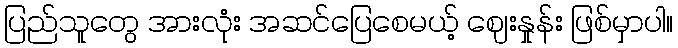
ပြည်သူတွေ အားလုံး အဆင်ပြေစေမယ့် ဈေးနှုန်း ဖြစ်မှာပါ။